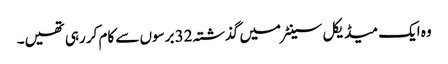
وہ ایک میڈیکل سینٹر میں گذشتہ 32 برسوں سے کام کر رہی تھیں۔